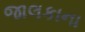
જાલકાના